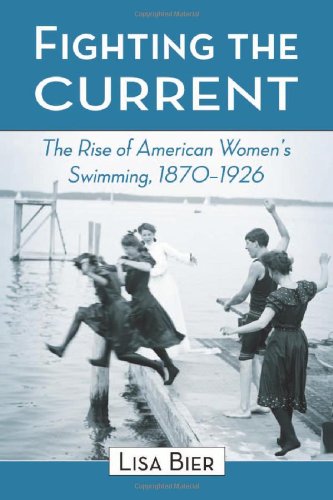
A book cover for Fighting the Current: The Rise of American Women's Swimming, 1870-1926; Lisa Bier; Health, Fitness & Dieting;